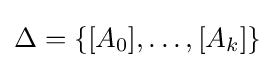
\Delta =\{[A_{0}],\dots ,[A_{k}]\}